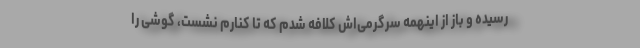
رسیده و باز از اینهمه سرگرمی‌اش کلافه شدم که تا کنارم نشست، گوشی را